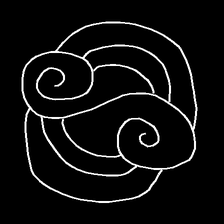
Glyph: wind-underfoot